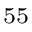
^ { 5 5 }